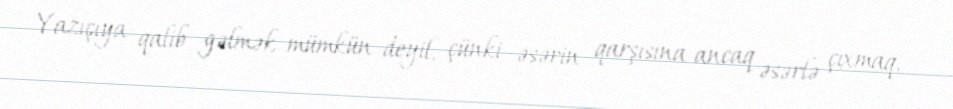
Yazıçıya qalib gəlmək mümkün deyil, çünki əsərin qarşısına ancaq əsərlə çıxmaq,